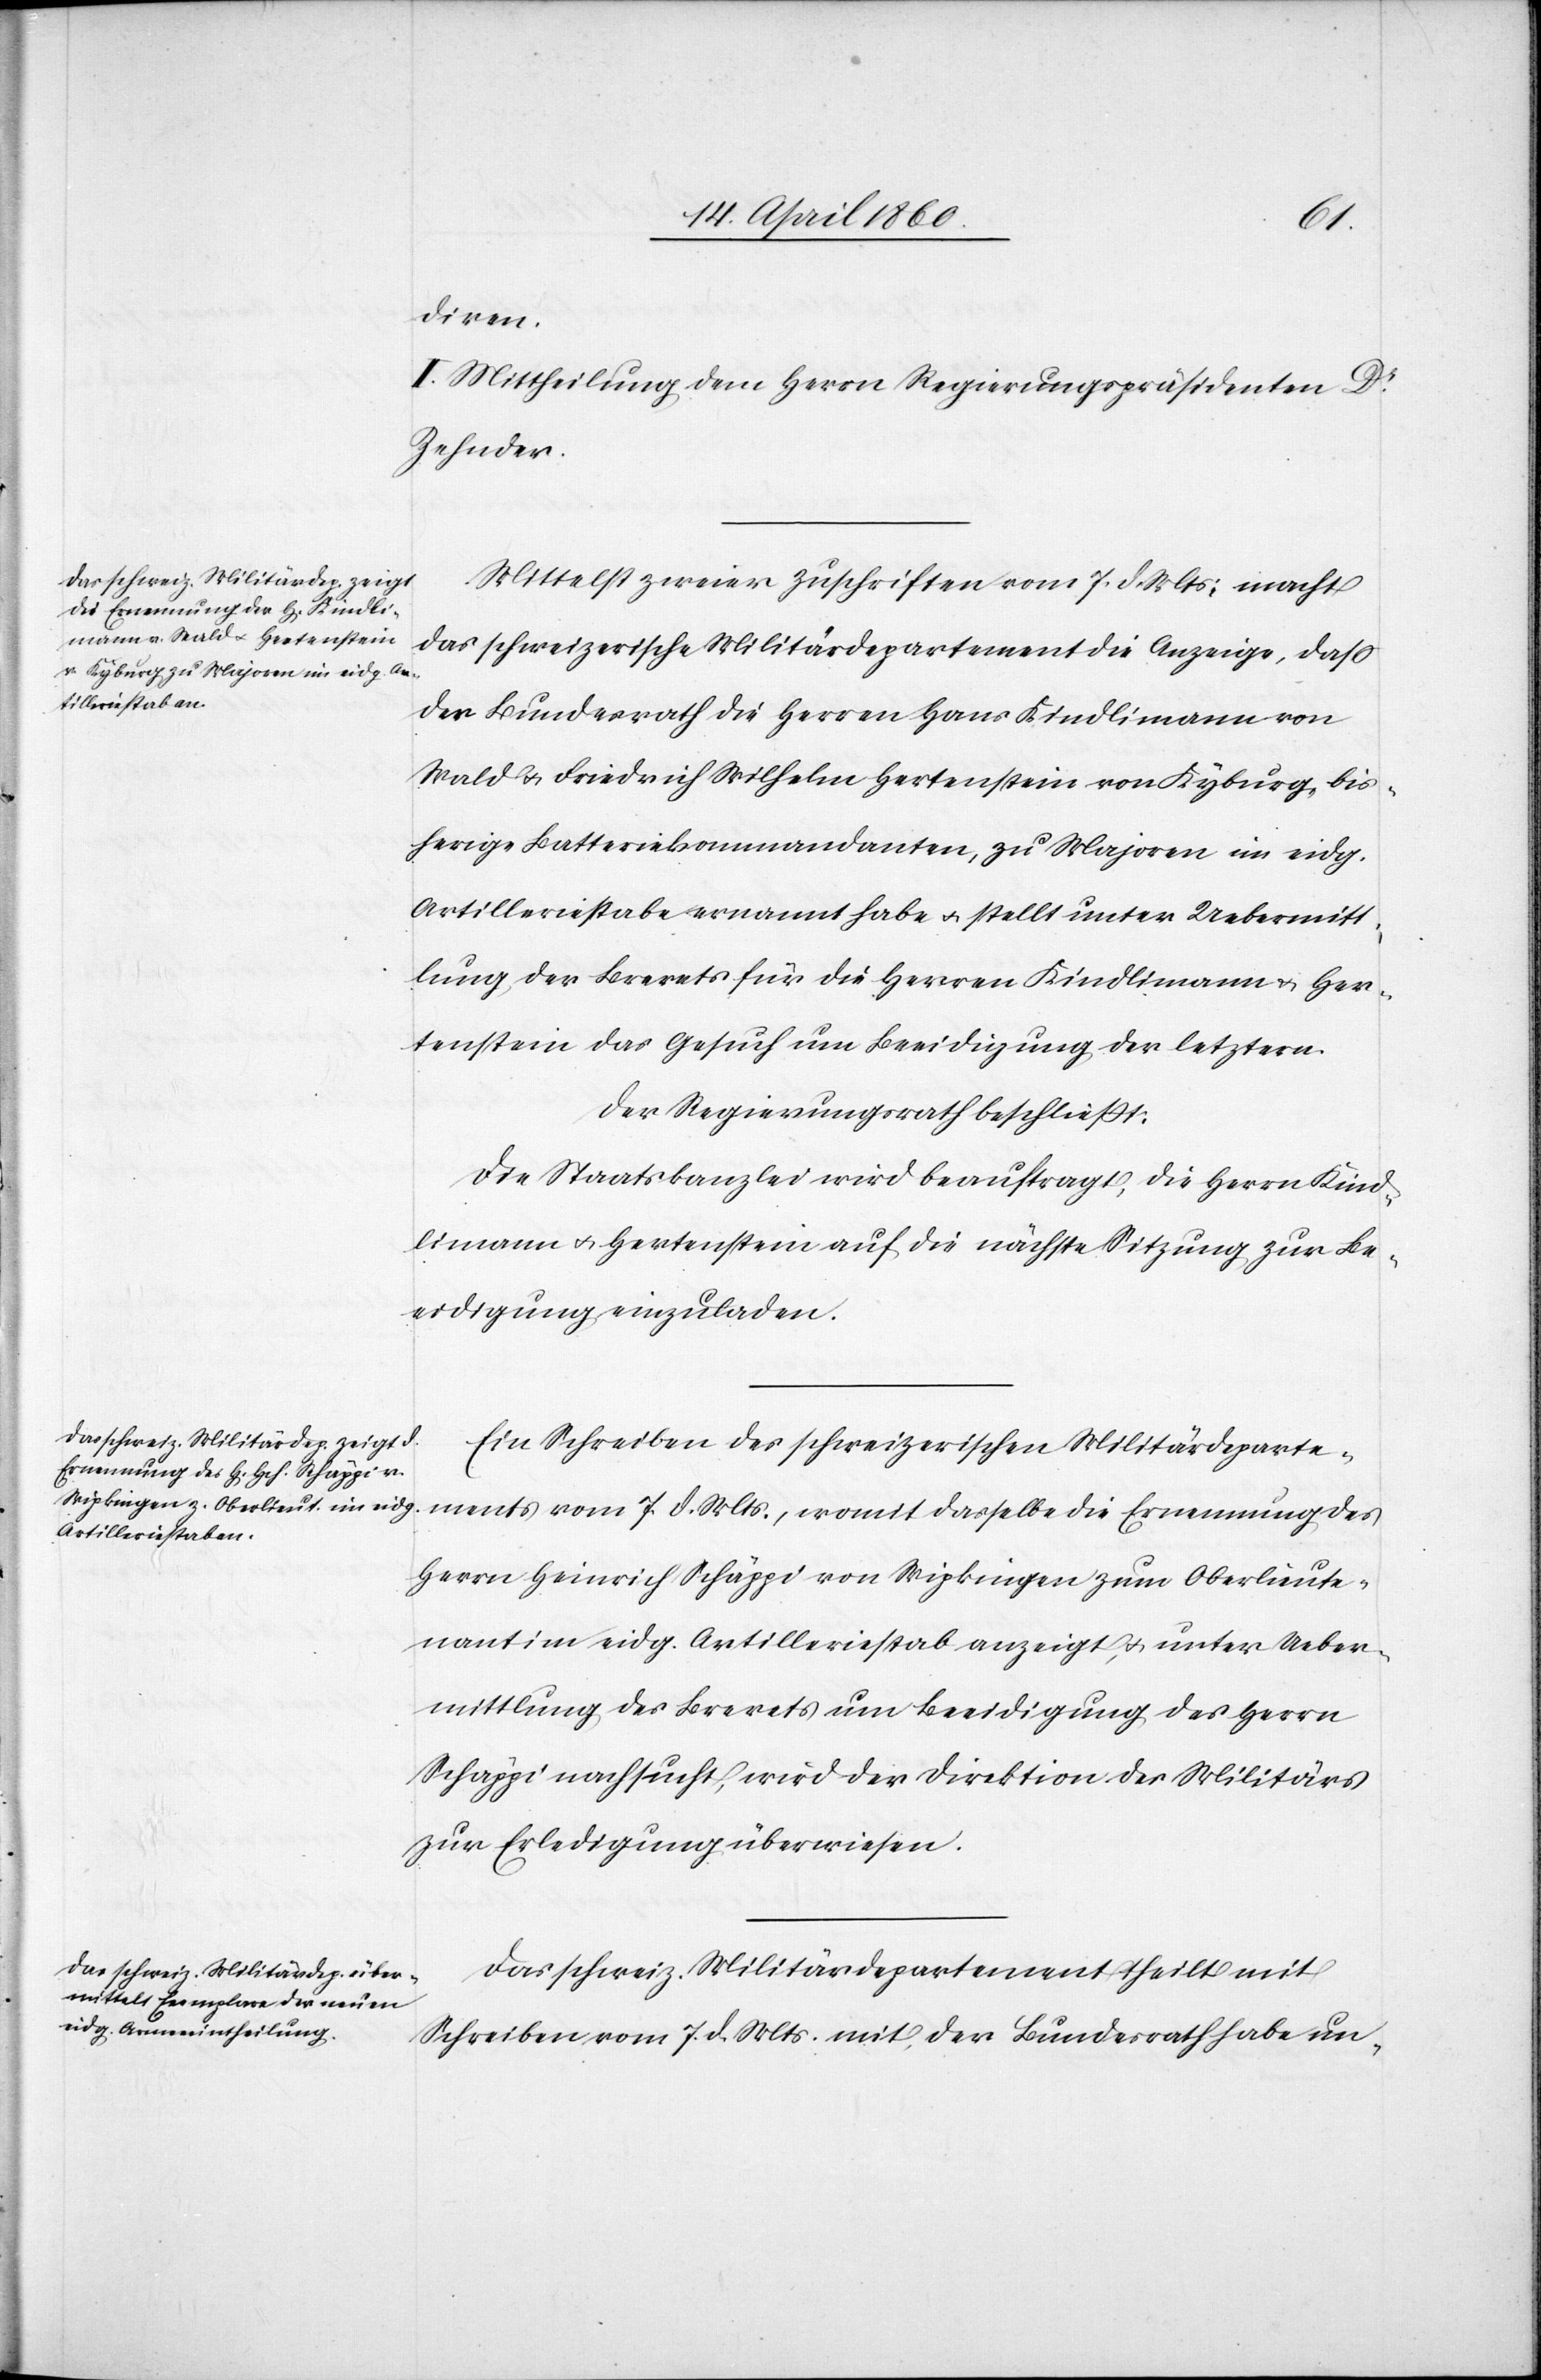
Kind¬
diren.
II. Mittheilung dem Herrn Regierungspräsidenten Dr
Zehnder.
Mittelst zweier Zuschriften vom 7. d. Mts, macht
das schweizerische Militärdepartement die Anzeige, dass
der Bundesrath die Herren Hans Kindlimann von
Wald u. Friedrich Wilhelm Hertenstein von Kyburg, bis¬
herige Batteriekommandanten, zu Majoren im eidg.
Artilleriestabe ernannt habe u. stellt unter Uebermitt¬
lung der Brevets für die Herren Kindlimann u. Her¬
tenstein das Gesuch um Beeidigung der letztern.
Der Regierungsrath beschliesst:
limann u. Hertenstein auf die nächste Sitzung zur Be¬
eidigung einzuladen.
Ein Schreiben des schweizerischen Militärdeparte¬
ments vom 7. d. Mts., womit dasselbe die Ernennung des
Herrn Heinrich Schäppi von Wipkingen zum Oberlieute¬
nant im eidg. Artilleriestab anzeigt, u. unter Ueber¬
mittlung des Brevets um Beeidigung des Herrn
Schäppi nachsucht, wird der Direktion des Militärs
zur Erledigung überwiesen.
Das schweiz. Militärdepartement theilt mit
Schreiben vom 7. d. Mts mit, der Bundesrath habe un-